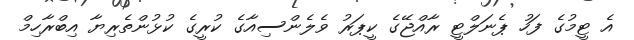
އެ ޓީމުގެ ފަހު ޕެނަލްޓީ ރާއްޖޭގެ ކީޕަރު ވެލެންސިއާގެ ކުރީގެ ކުޅުންތެރިޔާ އިބްރާހިމް